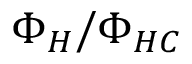
\Phi _ { H } / \Phi _ { H C }